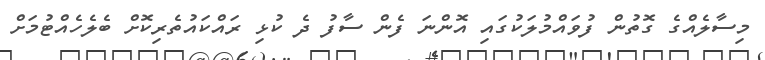
މިސާލެއްގެ ގޮތުން ފުވައްމުލަކުގައި އޮންނަ ފެން ސާފު ދެ ކުޅި ރައްކައުތެރިކޮށް ބެލެހެއްޓުމަށް